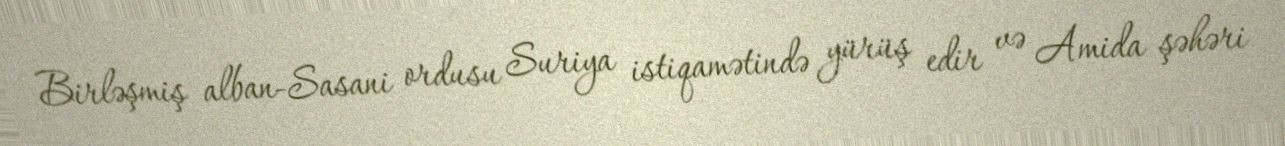
Birləşmiş alban-Sasani ordusu Suriya istiqamətində yürüş edir və Amida şəhəri